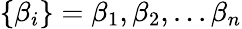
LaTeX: \{ \beta_{i}\} =\beta_{1},\beta_{2},...\beta_{n}